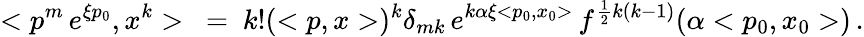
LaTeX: <p^{m}\, e^{\xi p_{0}},x^{k}>\ =\ k!(<p,x>)^{k}\delta_{mk}\, e^{k\alpha\xi<p_{0},x_{0}>}\, f^{\frac{1}{2}k(k-1)}(\alpha<p_{0},x_{0}>)\, .